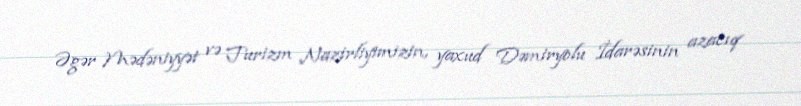
Əgər Mədəniyyət və Turizm Nazirliyimizin, yaxud Dəmiryolu İdarəsinin azacıq